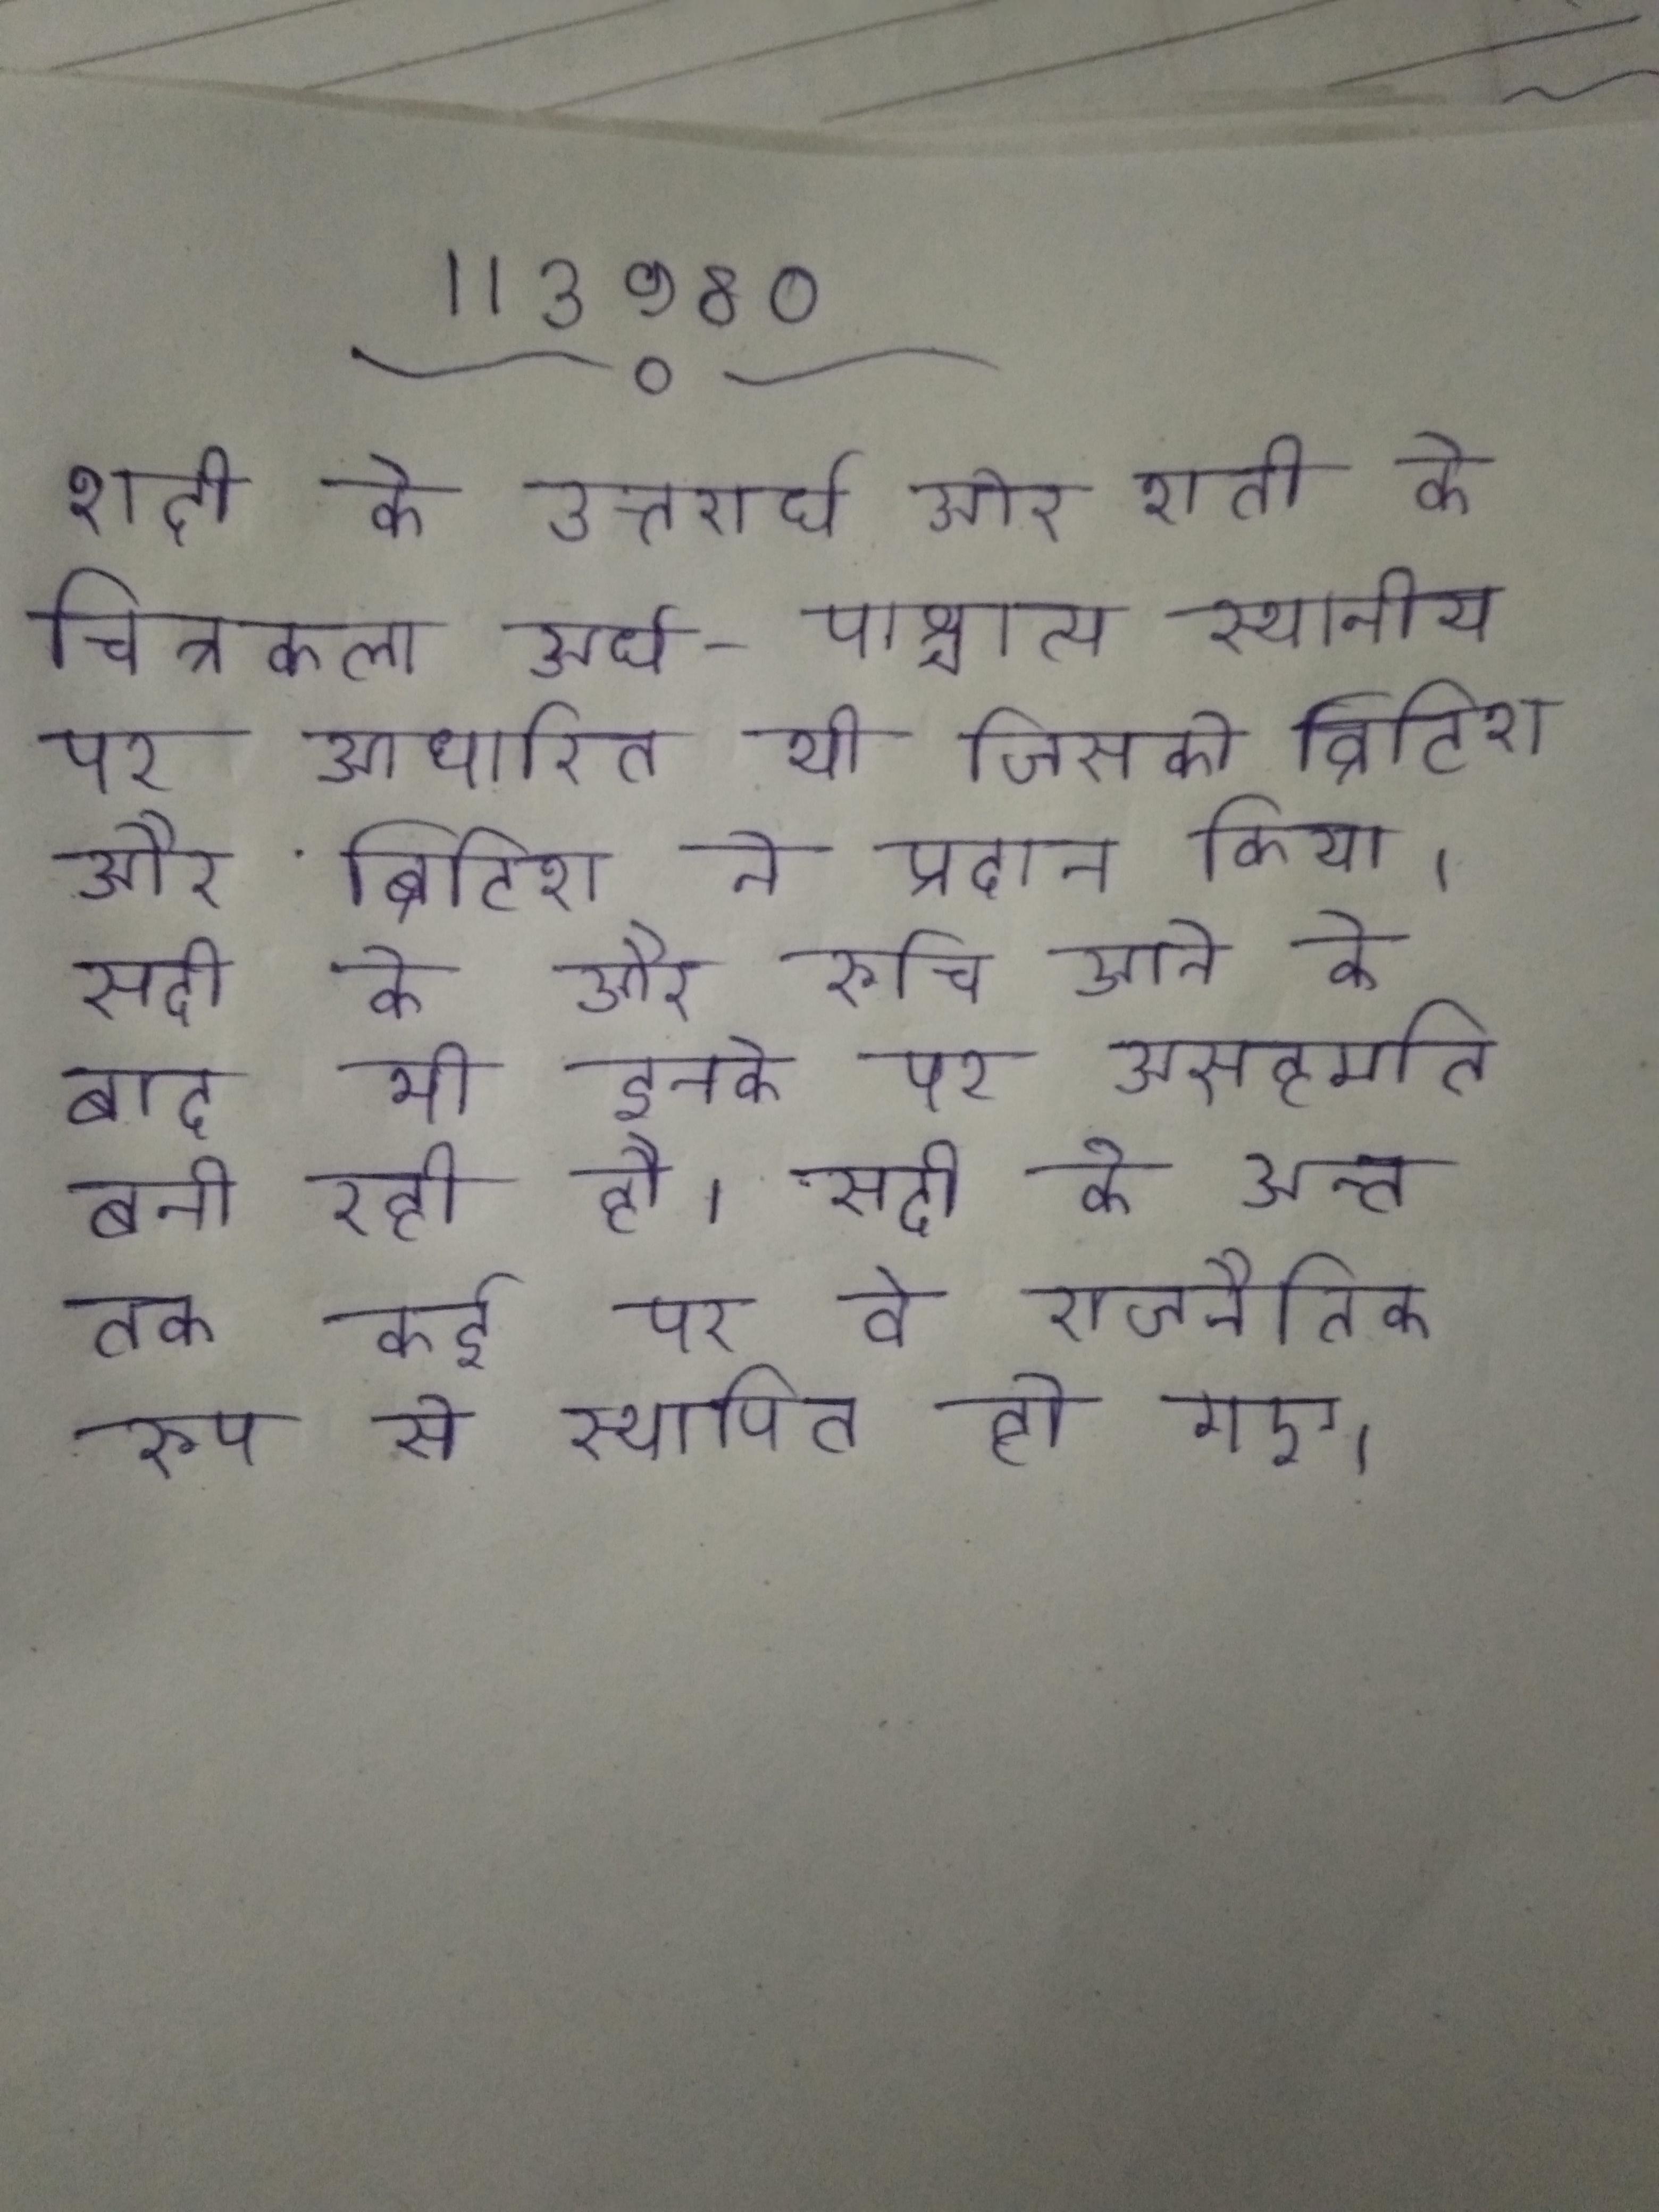
शदी के उत्तरार्ध और शती के चित्रकला अर्ध-पाश्चात्य स्थानीय पर आधारित थी जिसको ब्रिटिश और ब्रिटिश ने प्रदान किया । सदी के और रूचि आने के बाद भी इनके पर असहमति बनी रही है । सदी के अन्त तक कई पर वे राजनैतिक रूप से स्थापित हो गए ।